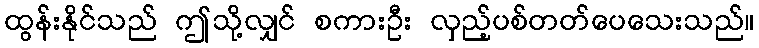
ထွန်းနိုင်သည် ဤသို့လျှင် စကားဦး လှည့်ပစ်တတ်ပေသေးသည်။